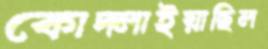
কোদ্‌লাইয়াছিল